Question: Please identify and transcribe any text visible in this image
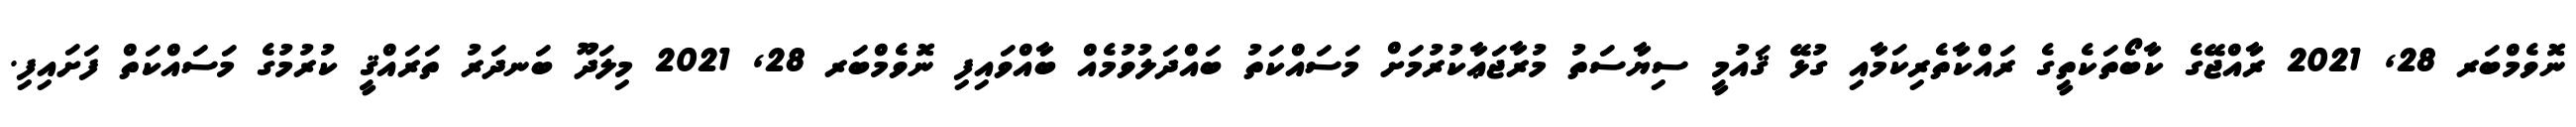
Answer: ނޮވެމްބަރ 28, 2021 ރާއްޖޭގެ ކާބޯތަކެތީގެ ރައްކާތެރިކަމާއި ގުޅޭ ޤައުމީ ސިޔާސަތު މުރާޖަޢާކުރުމަށް މަސައްކަތު ބައްދަލުވުމެއް ބާއްވައިފި ނޮވެމްބަރ 28, 2021 މިލަދޫ ބަނދަރު ތަރައްޤީ ކުރުމުގެ މަސައްކަތް ފަށައިފި.